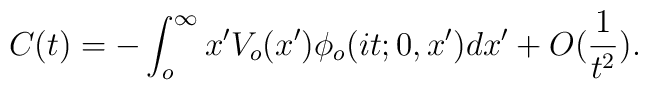
C(t)=-\int_{o}^{\infty}x'V_o(x')\phi_o(it;0,x')dx'+O(\frac{1}{t^2}).